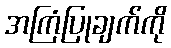
အကြံပြုချက်ကို